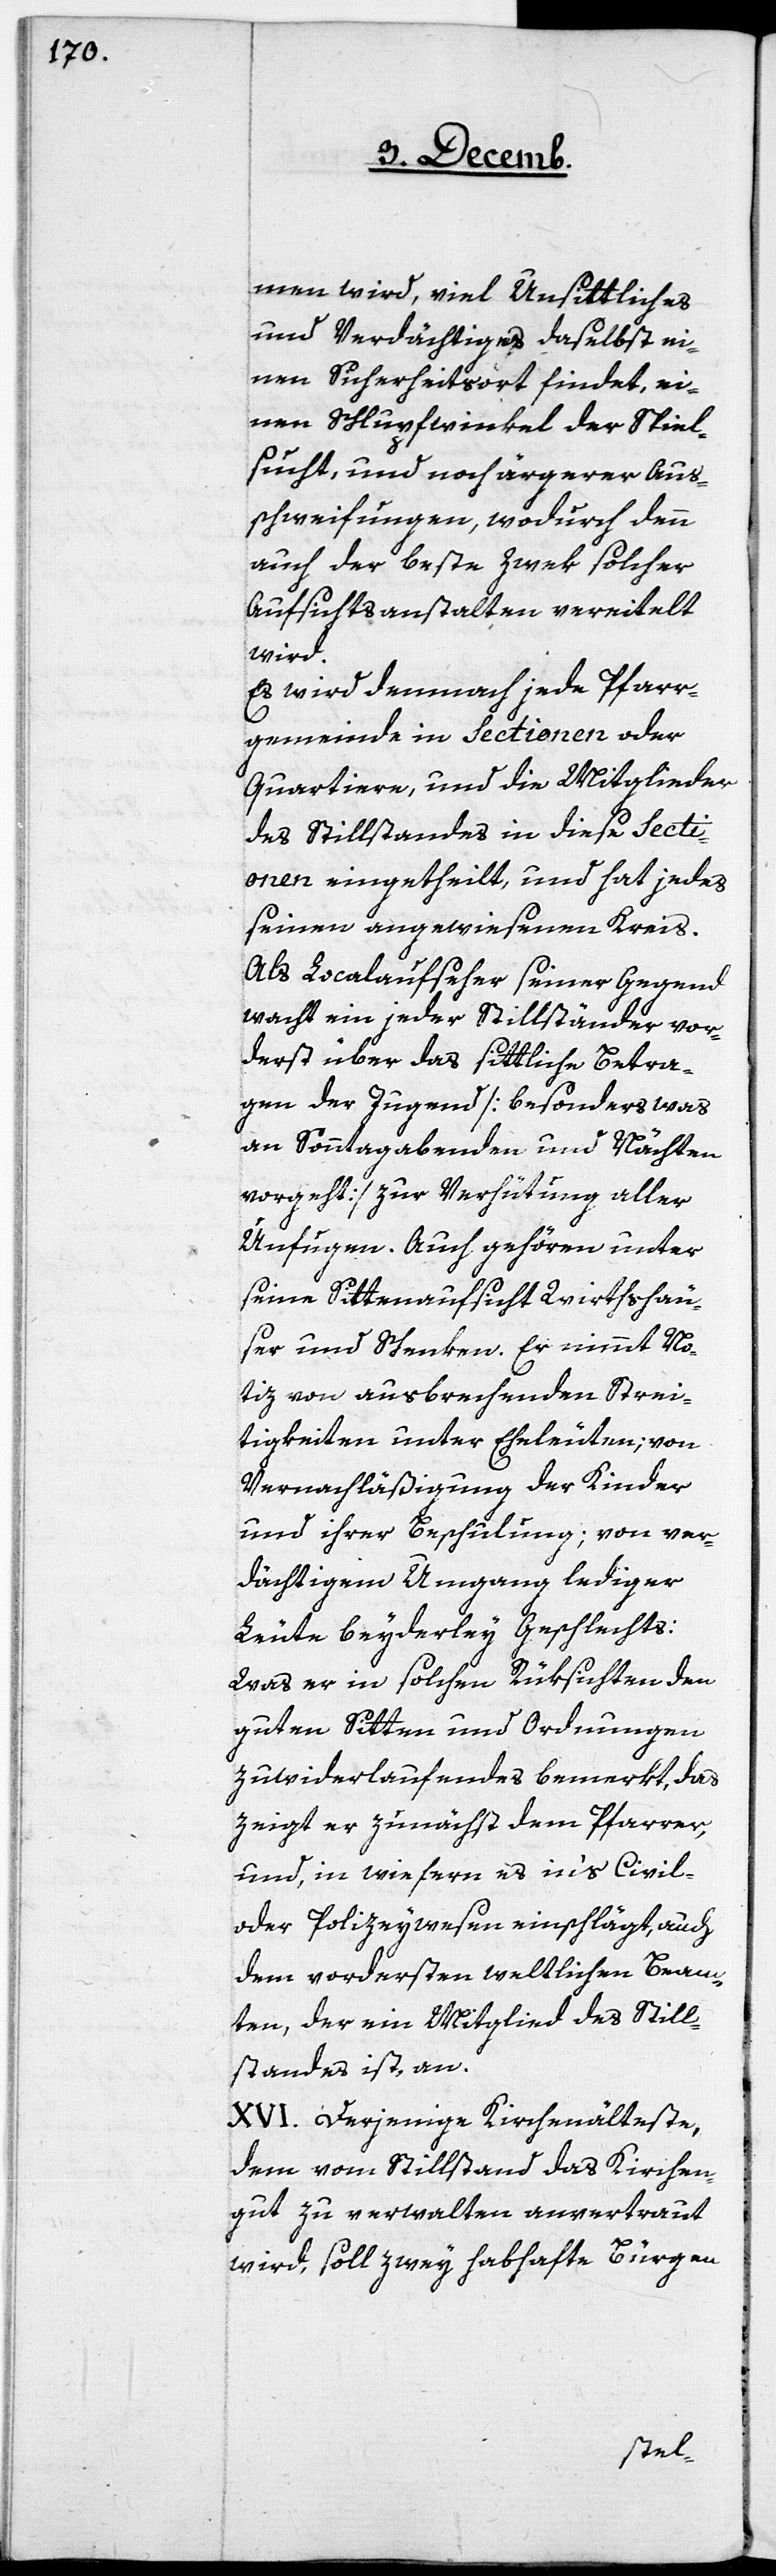
men wird, viel Unsittliches
und Verdächtiges daselbst ei¬
nen Sicherheitsort findet, ei¬
nen Schlupfwinkel der Spiel¬
sucht, und noch ärgerer Aus¬
schweifungen, wodurch denn
auch der beste Zwek solcher
Aufsichtsanstalten vereitelt
wird.
Es wird demnach jede Pfarr¬
gemeinde in Sectionen oder
Quartiere, und die Mitglieder
des Stillstandes in diese Secti¬
onen eingetheilt, und hat jedes
seinen angewiesenen Kreis.
Als Localaufseher seiner Gegend
wacht ein jeder Stillständer vor¬
erst über das sittliche Betra¬
gen der Jugend [besonders was
an Sonntagabenden und Nächten
vorgeht] zur Verhütung aller
Unfugen. Auch gehören unter
seine Sittenaufsicht Wirthshäu¬
ser und Schenken. Er nimmt No¬
tiz von ausbrechenden Strei¬
tigkeiten unter Eheleuten; von
Vernachläßigung der Kinder
und ihrer Beschulung; von ver¬
dächtigem Umgang lediger
Leute beyderley Geschlechts:
Was er in solchen Rüksichten den
guten Sitten und Ordnungen
Zuwiderlaufendes bemerkt, das
zeigt er zunächst dem Pfarrer,
und, in wiefern es in‘s Civil-
oder Polizeywesen einschlägt, auch
dem vordersten weltlichen Beam¬
ten, der ein Mitglied des Still¬
standes ist, an.
XVI. Derjenige Kirchenälteste,
dem vom Stillstand das Kirchen¬
gut zu verwalten anvertraut
wird, soll zwey habhafte Bürgen